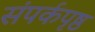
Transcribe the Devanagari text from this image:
संपर्कपृष्ठ